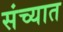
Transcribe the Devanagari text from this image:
संच्यात